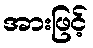
အားဖြင့်